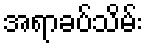
အရာခပ်သိမ်း